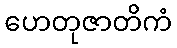
ဟေတုဇာတိကံ